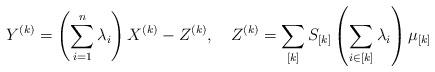
LaTeX: \begin{align*}Y^{(k)}= \left(\sum_{i=1}^n \lambda_i \right) X^{(k)} -Z^{(k)}, \quad Z^{(k)} =\sum_{[k]} S_{[k]} \left( \sum_{i \in [k]} \lambda_i \right)\mu_{[k]} \end{align*}